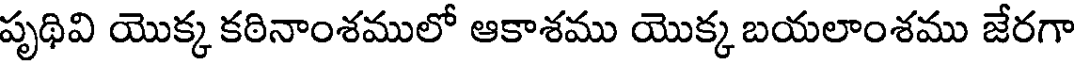
పృథివి యొక్క కఠినాంశములో ఆకాశము యొక్క బయలాంశము జేరగా